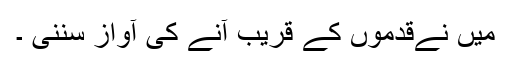
میں نےقدموں کے قریب آنے کی آواز سننی ۔